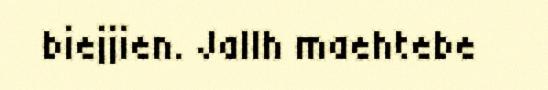
biejjien. Jallh maehtebe